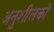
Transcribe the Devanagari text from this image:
अनुशीलकों